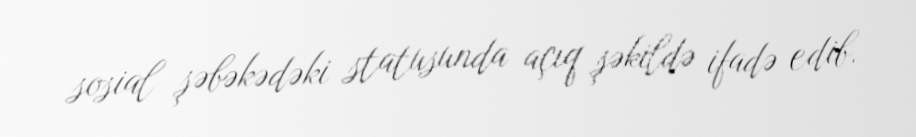
sosial şəbəkədəki statusunda açıq şəkildə ifadə edib.